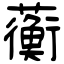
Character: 蘅